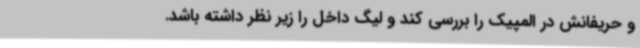
و حریفانش در المپیک را بررسی کند و لیگ داخل را زیر نظر داشته باشد.